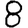
Digit: 8